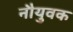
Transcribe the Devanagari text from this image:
नौयुवक